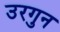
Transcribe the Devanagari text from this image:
उरगुन